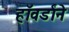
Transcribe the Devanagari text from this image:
हॉवर्डांने